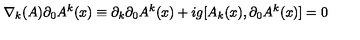
\nabla _ { k } ( A ) { \partial _ { 0 } A ^ { k } } ( x ) \equiv \partial _ { k } \partial _ { 0 } A ^ { k } ( x ) + i g [ A _ { k } ( x ) , \partial _ { 0 } A ^ { k } ( x ) ] = 0